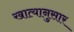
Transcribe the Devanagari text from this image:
खात्यानुसार